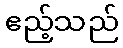
ဧည့်သည်